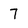
Character: 7